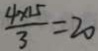
\frac { 4 \times 1 5 } { 3 } = 2 0